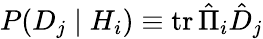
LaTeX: P(D_{j}\mid H_{i})\equiv\operatorname{tr}{\hat{\Pi}}_{i}{\hat{D}}_{j}